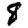
Digit: 8